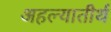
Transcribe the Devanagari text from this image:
अहल्यातीर्थ